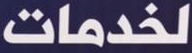
لخدمات